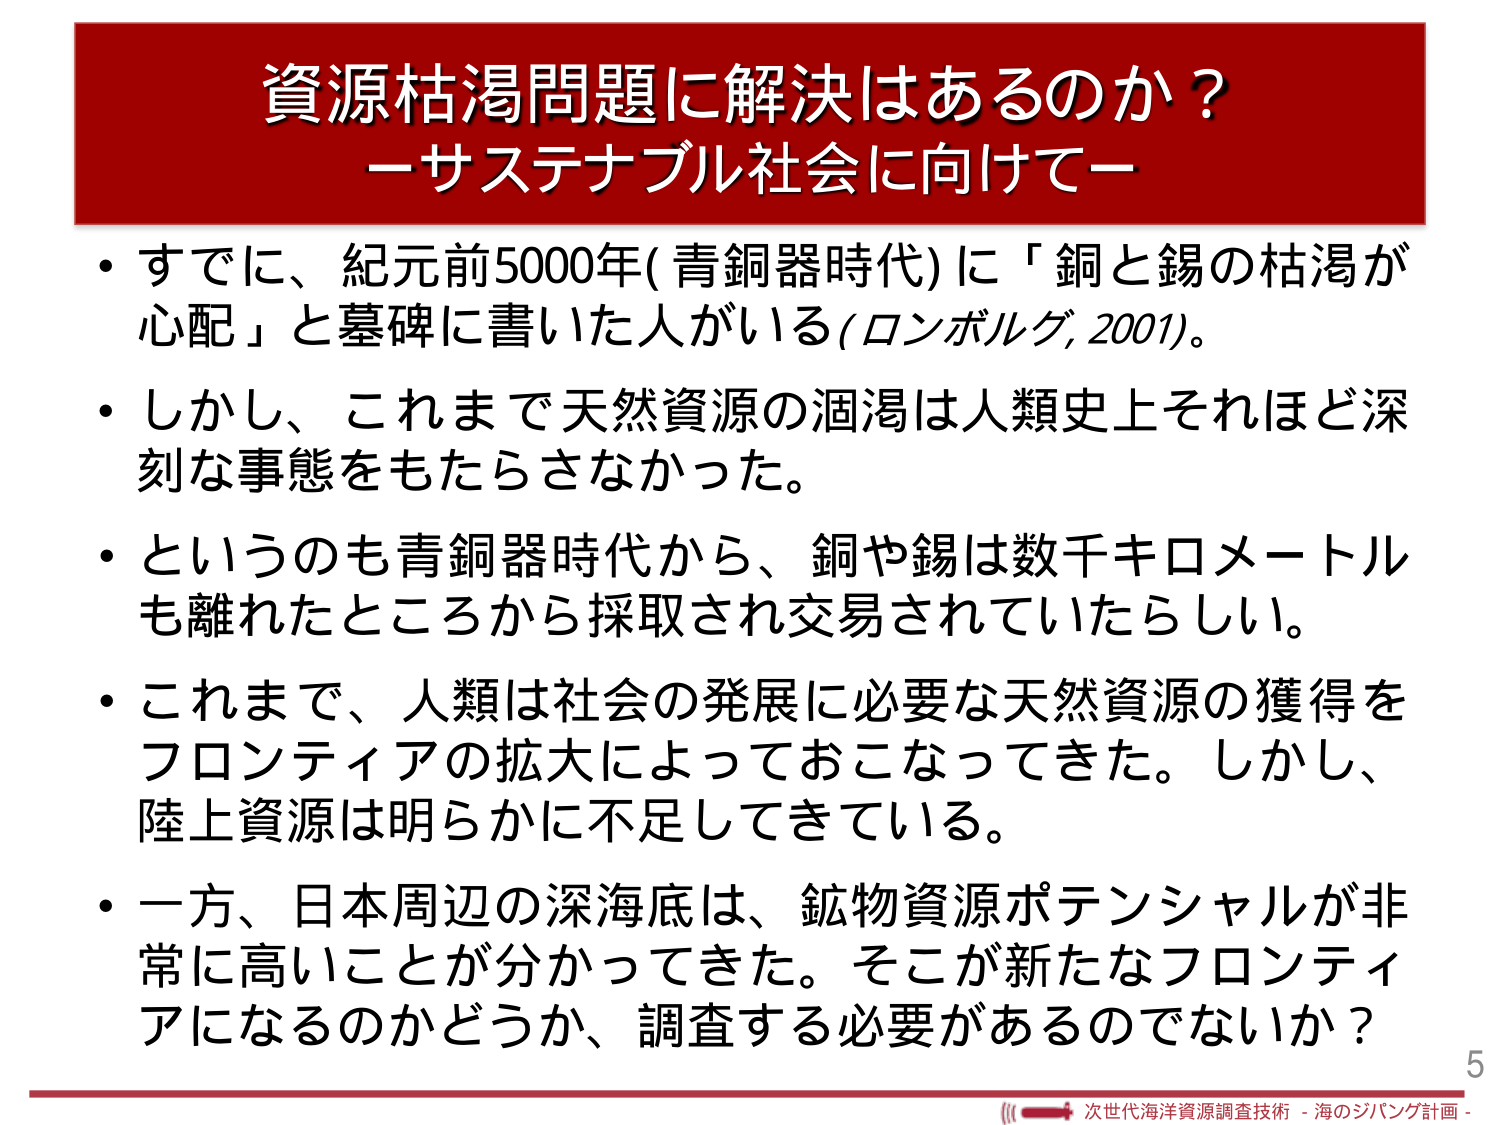
資源枯渇問題に解決はあるのか？
－サステナブル社会に向けて－

・すでに、紀元前5000年(青銅器時代)に「銅と錫の枯渇が心配」と墓碑に書いた人がいる(ロンボルグ, 2001)。
・しかし、これまで天然資源の涸渇は人類史上それほど深刻な事態をもたらさなかった。
・というのも青銅器時代から、銅や錫は数千キロメートルも離れたところから採取され交易されていたらしい。
・これまで、人類は社会の発展に必要な天然資源の獲得をフロンティアの拡大によっておこなってきた。しかし、陸上資源は明らかに不足してきている。
・一方、日本周辺の深海底は、鉱物資源ポテンシャルが非常に高いことが分かってきた。そこが新たなフロンティアになるのかどうか、調査する必要があるのではないか？

5
(((→ 次世代海洋資源調査技術 - 海のジパング計画 -